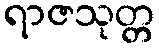
ရာဇသုတ္တ